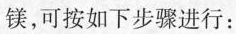
镁，可按如下步骤进行：